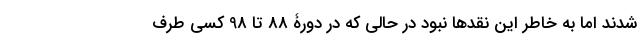
شدند اما به خاطر این نقدها نبود در حالی که در دورۀ 88 تا 98 کسی طرف